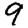
Digit: 9